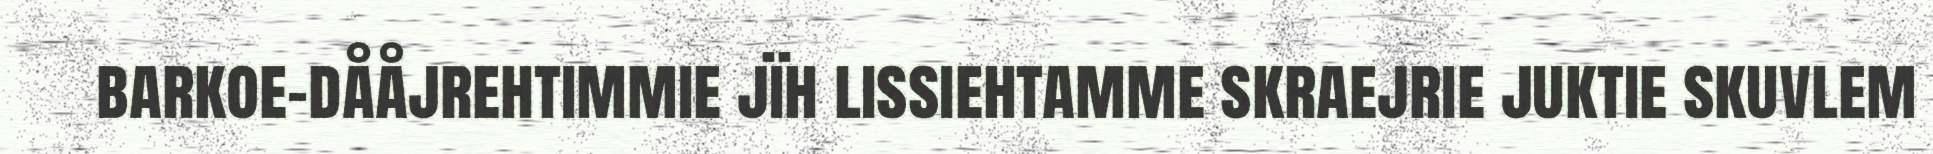
barkoe-dååjrehtimmie jïh lissiehtamme skraejrie juktie skuvlem